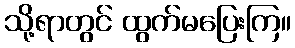
သို့ရာတွင် ထွက်မပြေးကြ။